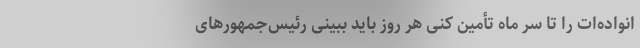
انواده‌ات را تا سر ماه تأمین کنی هر روز باید ببینی رئیس‌‌جمهورهای